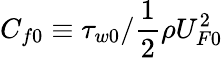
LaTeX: C_{f0}\equiv\tau_{w0}/\frac{1}{2}\rho U_{F0}^{2}